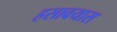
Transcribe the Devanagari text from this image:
हसावयास